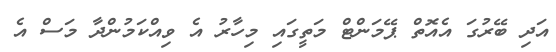
އަދި ބޭރުގަ އެއޮތް ޕޭމަންޓް މަތީގައި މިހާރު އެ ވިއްކަމުންދާ މަސް އެ